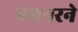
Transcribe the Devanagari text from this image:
एबनरने